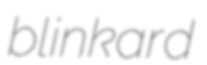
blinkard